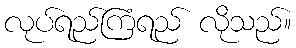
လုပ်ရည်ကြံရည် လိုသည်။